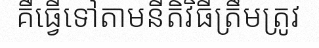
គឺធ្វើទៅតាមនីតិវិធីត្រឹមត្រូវ